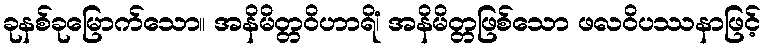
ခုနစ်ခုမြောက်သော။ အနိမိတ္တဝိဟာရိံ၊ အနိမိတ္တဖြစ်သော ဖလဝိပဿနာဖြင့်